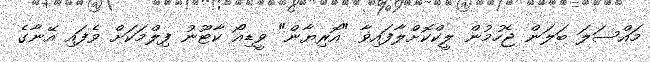
މައްސަލަ ބަލަން ޖެހުމުން ލީކްކޮށްލާފައިވާ "އޮރިޔާން" ވީޑިއޯ ކާޓޫނު ފިލްމަކަށް ވެފައި އޭނާގެ